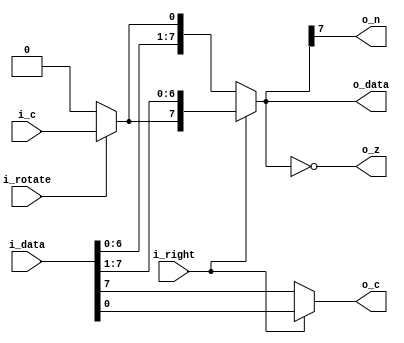
// Copyright (c) 2014 Takashi Toyoshima <toyoshim@gmail.com>.
// All rights reserved.  Use of this source code is governed by a BSD-style
// license that can be found in the LICENSE file.

module MC6502Shifter(
    i_data,
    i_rotate,
    i_right,
    i_c,
    o_data,
    o_n,
    o_z,
    o_c);
  input  [7:0] i_data;
  input        i_rotate;
  input        i_right;
  input        i_c;
  output [7:0] o_data;
  output       o_n;
  output       o_z;
  output       o_c;

  wire   [8:0] w_to_left;
  wire   [8:0] w_to_right;

  assign o_data     = i_right ? w_to_right[8:1] : w_to_left[7:0];
  assign o_n        = o_data[7];
  assign o_z        = o_data == 8'h00;
  assign o_c        = i_right ? w_to_right[0] : w_to_left[8];

  assign w_to_left  = { i_data, i_rotate ? i_c : 1'b0 };
  assign w_to_right = { i_rotate ? i_c : 1'b0, i_data };
endmodule  // MC6502Shifter